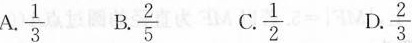
A.\frac{1}{3} B.\frac{2}{5} C.\frac{1}{2} D.\frac{2}{3}